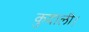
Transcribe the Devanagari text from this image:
कुदाली।